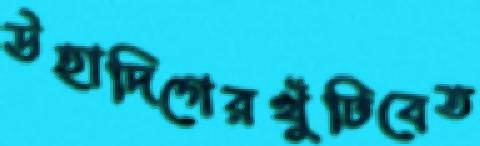
উহাদিগেরখুঁটিবেত